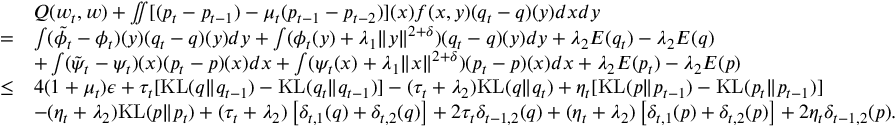
\begin{array} { r l } & { Q ( w _ { t } , w ) + \iint [ ( p _ { t } - p _ { t - 1 } ) - \mu _ { t } ( p _ { t - 1 } - p _ { t - 2 } ) ] ( x ) f ( x , y ) ( q _ { t } - q ) ( y ) d x d y } \\ { = } & { \int ( \tilde { \phi } _ { t } - \phi _ { t } ) ( y ) ( q _ { t } - q ) ( y ) d y + \int ( \phi _ { t } ( y ) + \lambda _ { 1 } \| y \| ^ { 2 + \delta } ) ( q _ { t } - q ) ( y ) d y + \lambda _ { 2 } { \cal E } ( q _ { t } ) - \lambda _ { 2 } { \cal E } ( q ) } \\ & { + \int ( \tilde { \psi } _ { t } - \psi _ { t } ) ( x ) ( p _ { t } - p ) ( x ) d x + \int ( \psi _ { t } ( x ) + \lambda _ { 1 } \| x \| ^ { 2 + \delta } ) ( p _ { t } - p ) ( x ) d x + \lambda _ { 2 } { \cal E } ( p _ { t } ) - \lambda _ { 2 } { \cal E } ( p ) } \\ { \leq } & { 4 ( 1 + \mu _ { t } ) \epsilon + \tau _ { t } [ \mathrm { K L } ( q \| q _ { t - 1 } ) - \mathrm { K L } ( q _ { t } \| q _ { t - 1 } ) ] - ( \tau _ { t } + \lambda _ { 2 } ) \mathrm { K L } ( q \| q _ { t } ) + \eta _ { t } [ \mathrm { K L } ( p \| p _ { t - 1 } ) - \mathrm { K L } ( p _ { t } \| p _ { t - 1 } ) ] } \\ & { - ( \eta _ { t } + \lambda _ { 2 } ) \mathrm { K L } ( p \| p _ { t } ) + ( \tau _ { t } + \lambda _ { 2 } ) \left[ \delta _ { t , 1 } ( q ) + \delta _ { t , 2 } ( q ) \right] + 2 \tau _ { t } \delta _ { t - 1 , 2 } ( q ) + ( \eta _ { t } + \lambda _ { 2 } ) \left[ \delta _ { t , 1 } ( p ) + \delta _ { t , 2 } ( p ) \right] + 2 \eta _ { t } \delta _ { t - 1 , 2 } ( p ) . } \end{array}